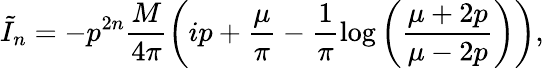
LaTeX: \tilde{I}_{n}=-p^{2n}\frac{M}{4\pi}\left(ip+\frac{\mu}{\pi}-\frac{1}{\pi}\log\left(\frac{\mu+2p}{\mu-2p}\right)\right),